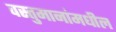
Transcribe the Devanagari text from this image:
वस्तुमानांमधील